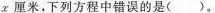
x厘米，下列方程中错误的是()。